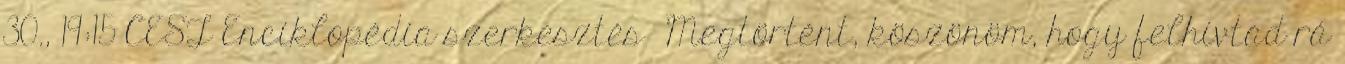
30., 19:15 CEST Enciklopédia szerkesztés Megtörtént, köszönöm, hogy felhívtad rá